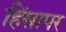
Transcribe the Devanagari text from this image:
हिंसापर